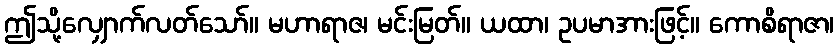
ဤသို့လျှောက်လတ်သော်။ မဟာရာဇ၊ မင်းမြတ်။ ယထာ၊ ဥပမာအားဖြင့်။ ကောစိရာဇာ၊